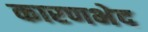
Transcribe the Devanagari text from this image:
कारणभेद